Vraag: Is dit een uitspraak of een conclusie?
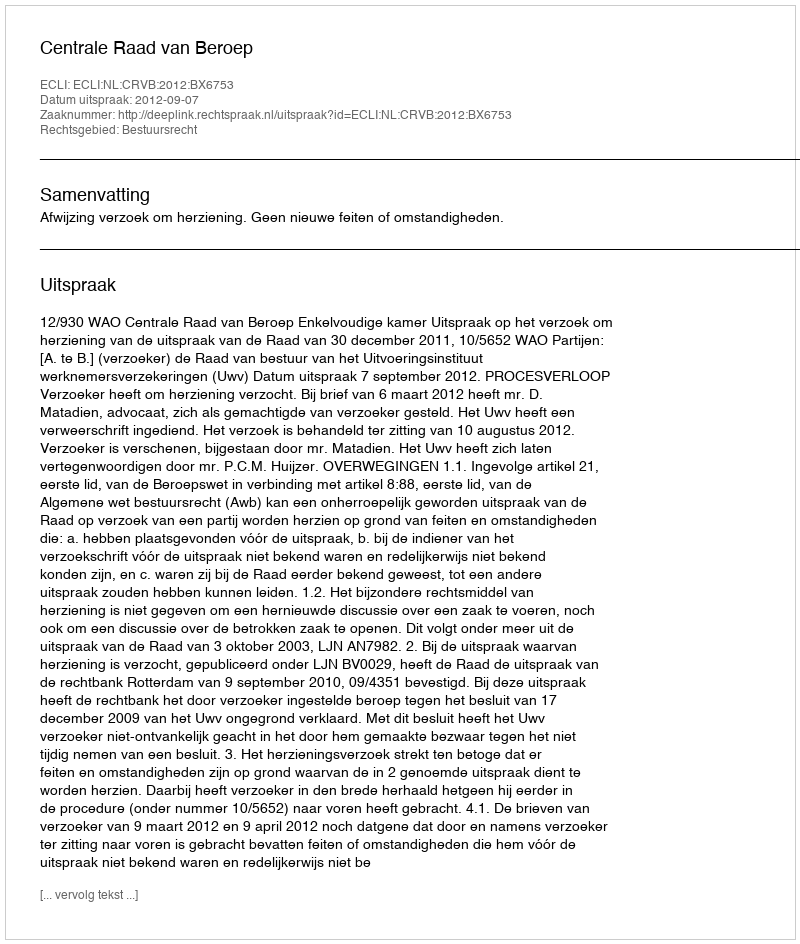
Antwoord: Uitspraak